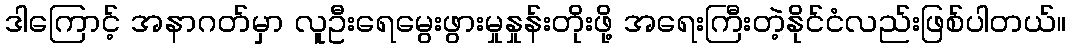
ဒါကြောင့် အနာဂတ်မှာ လူဦးရေမွေးဖွားမှုနှုန်းတိုးဖို့ အရေးကြီးတဲ့နိုင်ငံလည်းဖြစ်ပါတယ်။